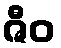
ဇီဝ